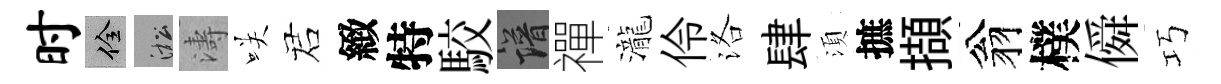
时佺淞濤咲诺緻特駮譜禪瀧伶洛肆湏摭擷翁樸僢巧